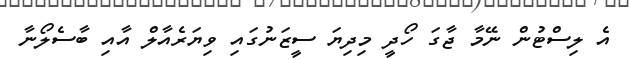
އެ ލިސްޓުން ނޭމާ ޖާގަ ހޯދީ މިދިޔަ ސީޒަނުގައި ވިޔަރެއާލް އާއި ބާސެލޯނާ